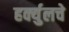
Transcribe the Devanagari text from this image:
हर्क्युलचे